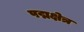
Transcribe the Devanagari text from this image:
पद्मक्षेत्र